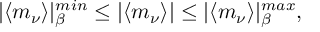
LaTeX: | \langle m _ { \nu } \rangle | _ { \beta } ^ { m i n } \leq | \langle m _ { \nu } \rangle | \leq | \langle m _ { \nu } \rangle | _ { \beta } ^ { m a x } ,